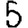
Digit: 5